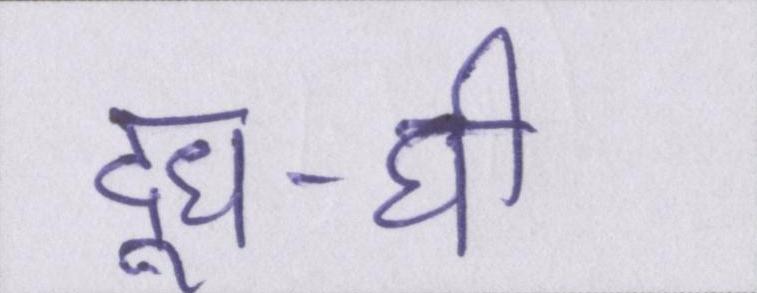
दूध-घी